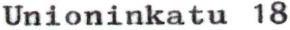
Unioninkatu 18